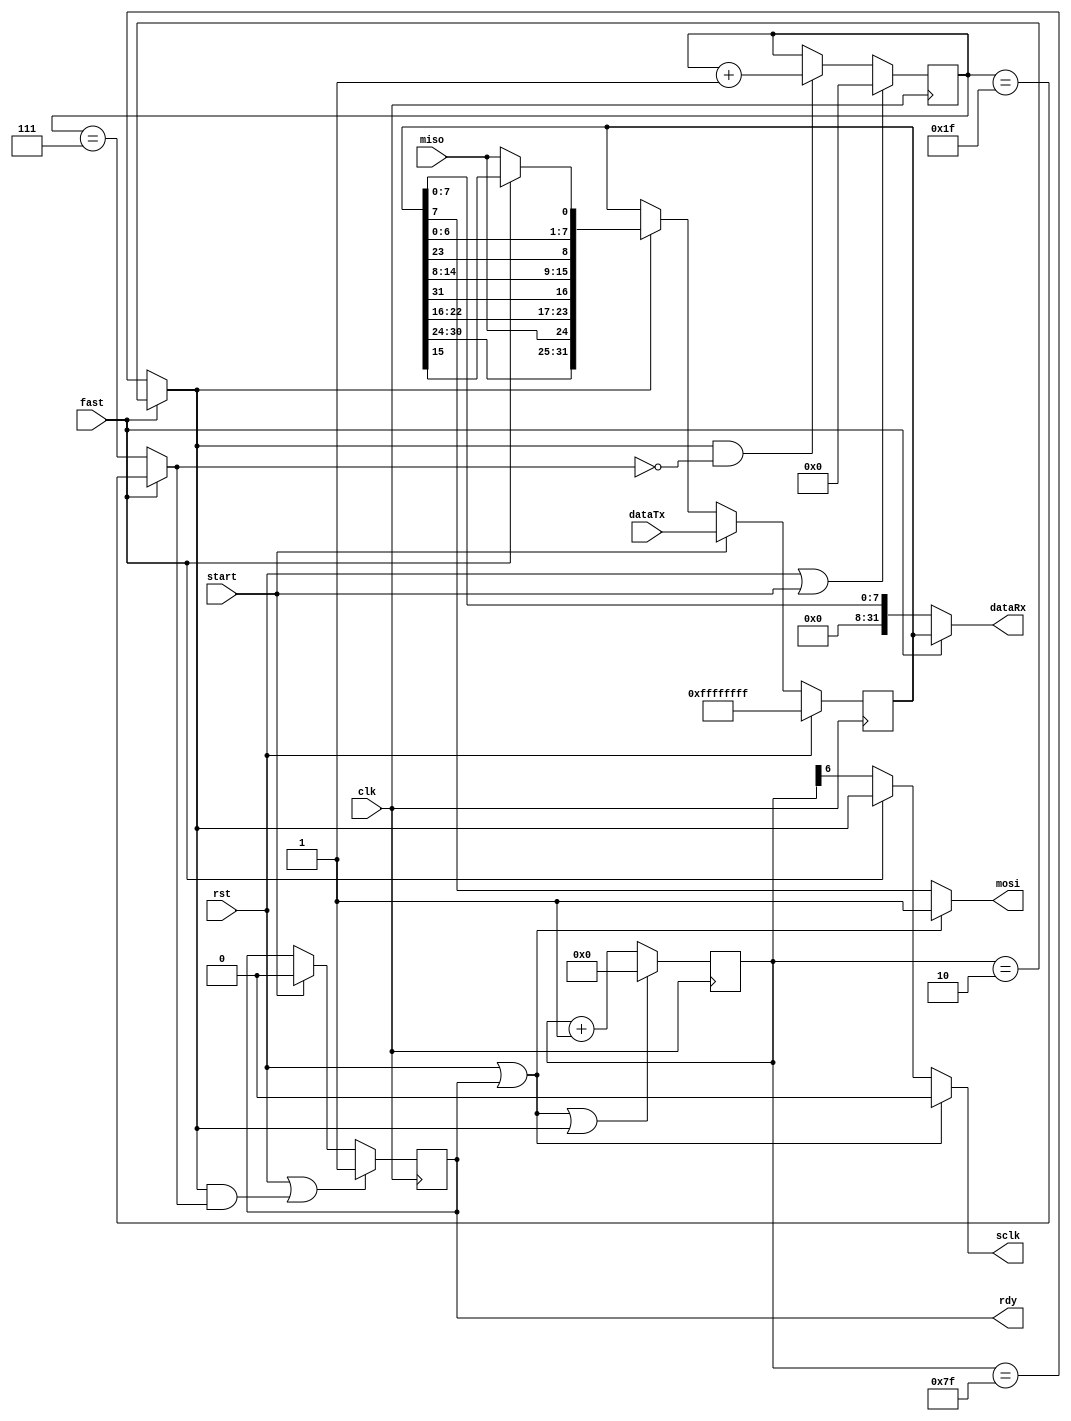
//
// sdc_spi.v -- SD card SPI interface
//


`timescale 1ns / 1ps
`default_nettype none


module sdc_spi(clk, rst,
               fast, start, dataTx, dataRx, rdy,
               sclk, mosi, miso);
    input clk;
    input rst;
    input fast;
    input start;
    input [31:0] dataTx;
    output [31:0] dataRx;
    output reg rdy;
    output sclk;
    output mosi;
    input miso;

  wire endbit, endtick;
  reg [31:0] shreg;
  reg [6:0] tick;
  reg [4:0] bitcnt;

  assign endtick = fast ? (tick == 2) : (tick == 127);
  assign endbit = fast ? (bitcnt == 31) : (bitcnt == 7);
  assign dataRx = fast ? shreg : {24'b0, shreg[7:0]};
  assign mosi = (rst | rdy) ? 1'b1 : shreg[7];
  assign sclk = (rst | rdy) ? 1'b0 : fast ? endtick : tick[6];

  always @ (posedge clk) begin
    tick <= (rst | rdy | endtick) ? 7'd0 : tick + 7'd1;
    rdy <= (rst | endtick & endbit) ? 1'b1 : start ? 1'b0 : rdy;
    bitcnt <= (rst | start) ? 5'd0 :
      (endtick & ~endbit) ? bitcnt + 5'd1 : bitcnt;
    shreg <= rst ? -1 : start ? dataTx : endtick ?
      { shreg[30:24], miso, shreg[22:16], shreg[31], shreg[14:8],
        shreg[23], shreg[6:0], (fast ? shreg[15] : miso) } : shreg;
  end

endmodule